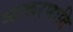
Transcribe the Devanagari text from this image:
व्याकरणादि